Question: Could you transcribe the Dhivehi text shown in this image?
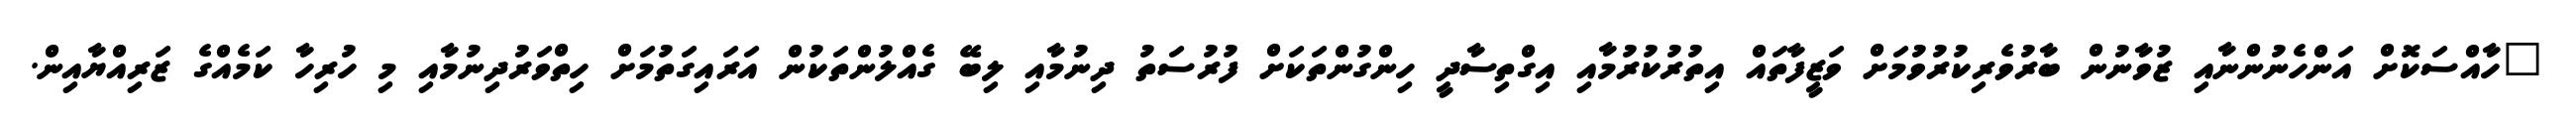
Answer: "ހާއްސަކޮށް އަންހެނުންނާއި ޒުވާނުން ބާރުވެރިކުރުވުމަށް ވަޒީފާތައް އިތުރުކުރުމާއި އިގްތިސާދީ ހިންގުންތަކަށް ފުރުސަތު ދިނުމާއި ލިބޭ ގެއްލުންތަކުން އަރައިގަތުމަށް ހިތްވަރުދިނުމާއި މި ހުރިހާ ކަމެއްގެ ޒަރިއްޔާއިން.